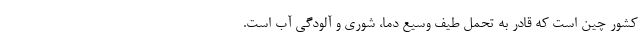
کشور چین است که قادر به تحمل طیف وسیع دما، شوری و آلودگی آب است.